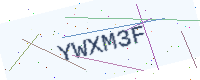
Text: YWXM3F